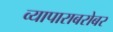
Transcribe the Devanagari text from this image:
व्यापाराबरोबर